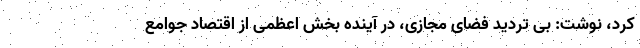
کرد، نوشت: بی تردید فضای مجازی، در آینده بخش اعظمی از اقتصاد جوامع